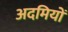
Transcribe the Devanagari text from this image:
अदमियों